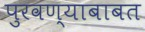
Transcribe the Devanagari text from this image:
पुरवण्याबाबत